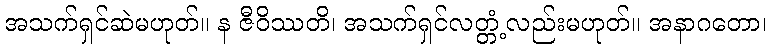
အသက်ရှင်ဆဲမဟုတ်။ န ဇီဝိဿတိ၊ အသက်ရှင်လတ္တံ့လည်းမဟုတ်။ အနာဂတော၊